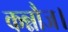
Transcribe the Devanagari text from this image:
कन्नौज।